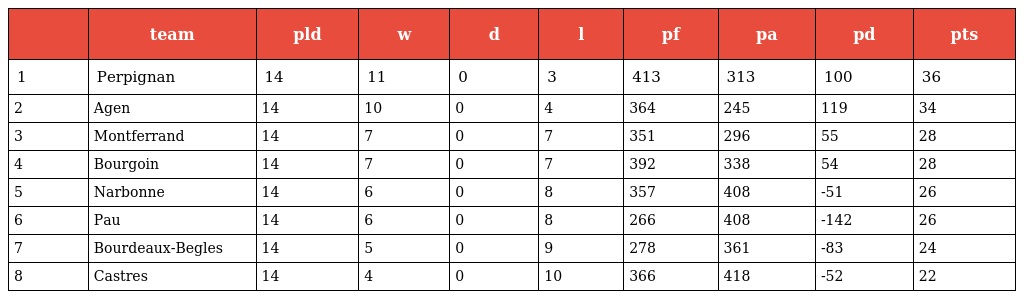
|  | team | pld | w | d | l | pf | pa | pd | pts |
 | --- | --- | --- | --- | --- | --- | --- | --- | --- | --- |
 | 1 | Perpignan | 14 | 11 | 0 | 3 | 413 | 313 | 100 | 36 |
 | 2 | Agen | 14 | 10 | 0 | 4 | 364 | 245 | 119 | 34 |
 | 3 | Montferrand | 14 | 7 | 0 | 7 | 351 | 296 | 55 | 28 |
 | 4 | Bourgoin | 14 | 7 | 0 | 7 | 392 | 338 | 54 | 28 |
 | 5 | Narbonne | 14 | 6 | 0 | 8 | 357 | 408 | -51 | 26 |
 | 6 | Pau | 14 | 6 | 0 | 8 | 266 | 408 | -142 | 26 |
 | 7 | Bourdeaux-Begles | 14 | 5 | 0 | 9 | 278 | 361 | -83 | 24 |
 | 8 | Castres | 14 | 4 | 0 | 10 | 366 | 418 | -52 | 22 |